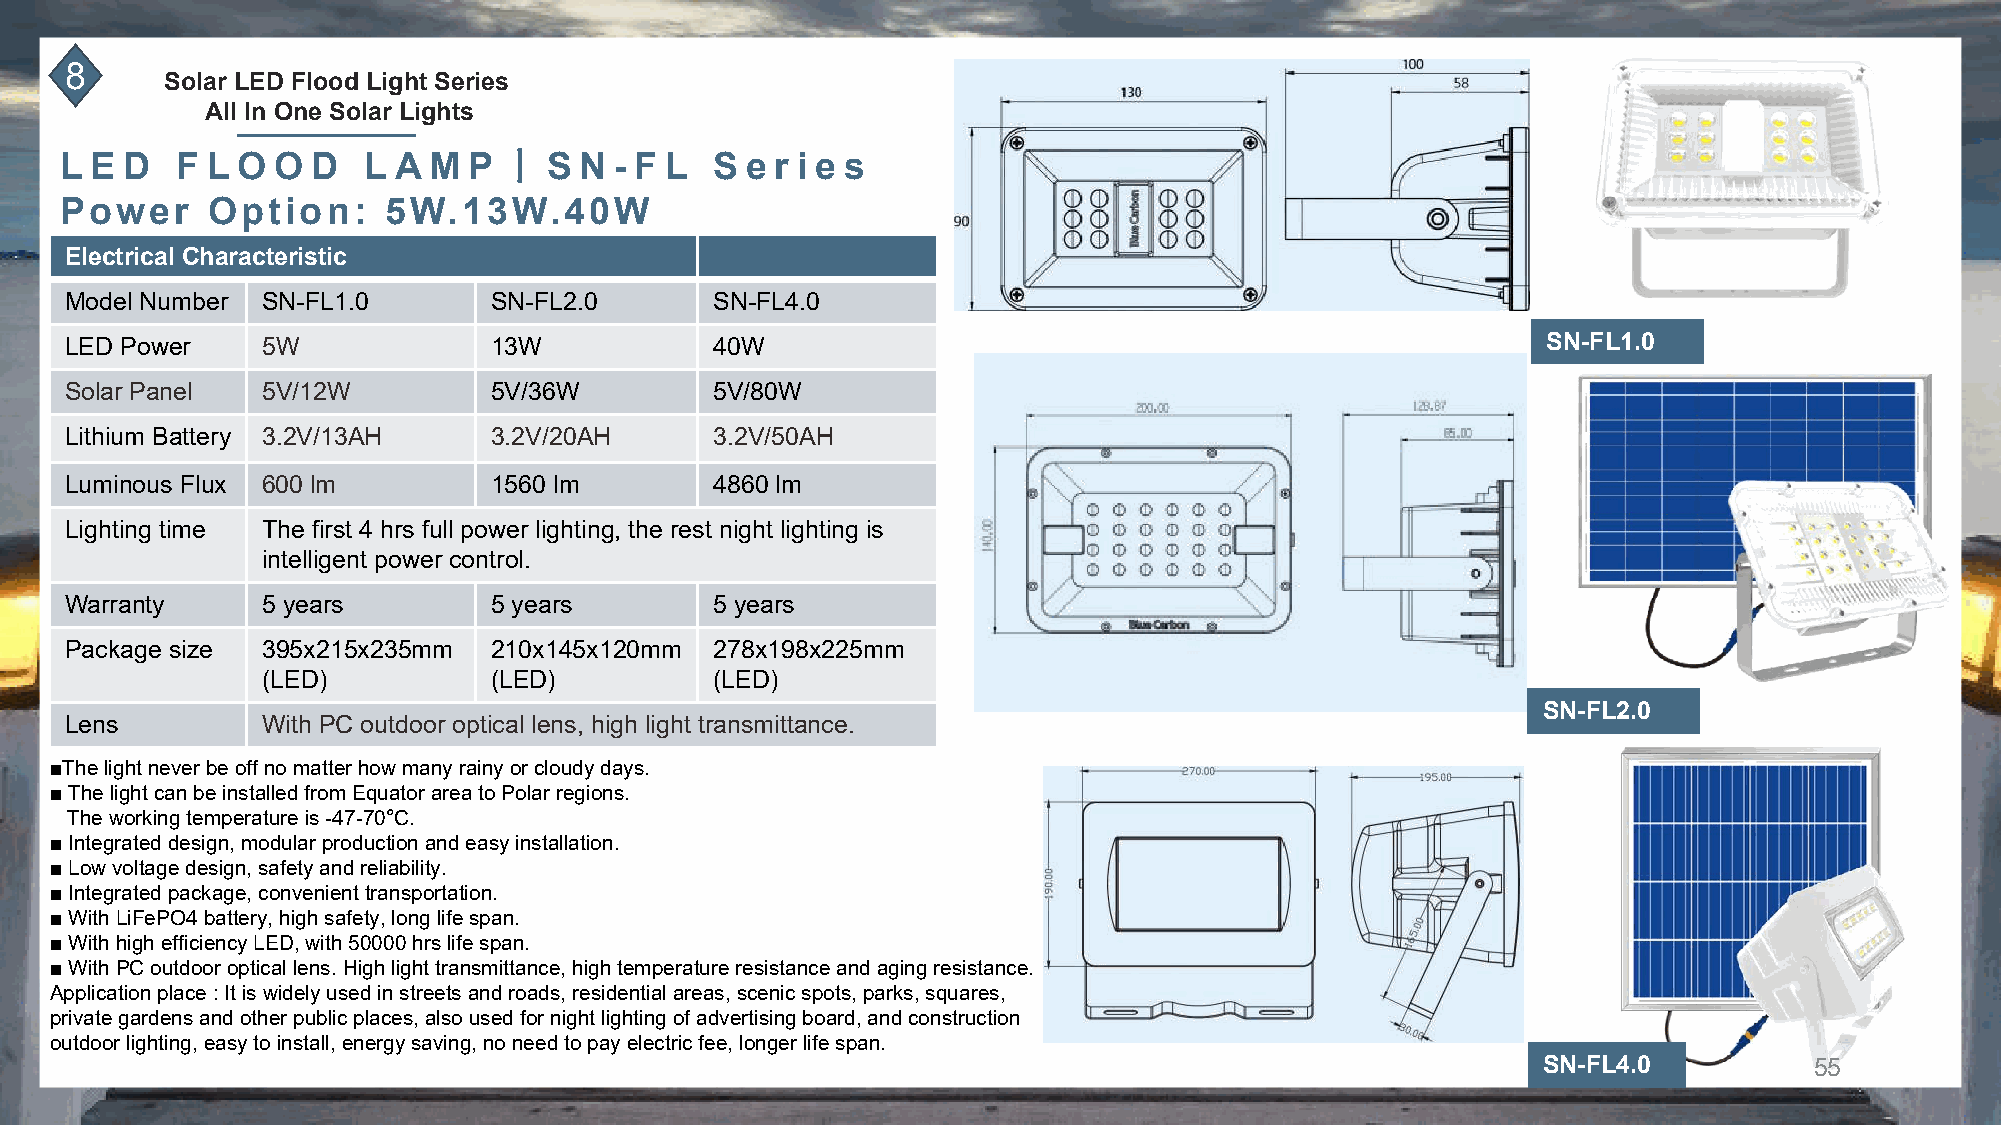
8
 Solar LED Flood Light Series
 All In One Solar Lights
 丨
 L E D   F L O O  D  L A M  P    S N  - F L S e r i e s
 Power     Option:    5W.13W.40W
 Electrical Characteristic
 Model Number SN-FL1.0       SN-FL2.0       SN-FL4.0
 LED Power    5W             13W            40W                                                    SN-FL1.0
 Solar Panel  5V/12W         5V/36W         5V/80W
 Lithium Battery 3.2V/13AH   3.2V/20AH      3.2V/50AH
 Luminous Flux 600 lm        1560 lm        4860 lm
 Lighting time The first 4 hrs full power lighting, the rest night lighting is
 intelligent power control.
 Warranty     5 years        5 years        5 years
 Package size 395x215x235mm  210x145x120mm  278x198x225mm
 (LED)          (LED)          (LED)
 SN-FL2.0
 Lens         With PC outdoor optical lens, high light transmittance.
 ■The light never be off no matter how many rainy or cloudy days.
 ■ The light can be installed from Equator area to Polar regions.
 The working temperature is -47-70°C.
 ■ Integrated design, modular production and easy installation.
 ■ Low voltage design, safety and reliability.
 ■ Integrated package, convenient transportation.
 ■ With LiFePO4 battery, high safety, long life span.
 ■ With high efficiency LED, with 50000 hrs life span.
 ■ With PC outdoor optical lens. High light transmittance, high temperature resistance and aging resistance.
 Application place : It is widely used in streets and roads, residential areas, scenic spots, parks, squares,
 private gardens and other public places, also used for night lighting of advertising board, and construction
 outdoor lighting, easy to install, energy saving, no need to pay electric fee, longer life span.
 SN-FL4.0          55